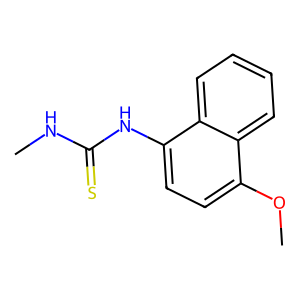
SMILES: CNC(=S)Nc1ccc(OC)c2ccccc12
Inhibits HIV replication: No